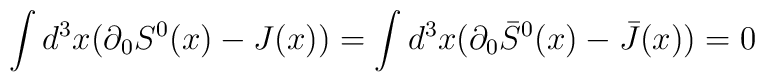
\int d^{3}x (\partial_{0}S^{0}(x) - J(x)) = \int d^{3}x(\partial_{0}\bar{S}^{0}(x) - \bar{J}(x)) = 0